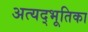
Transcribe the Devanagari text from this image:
अत्यद्भूतिका